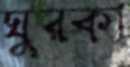
ঘুরকা